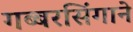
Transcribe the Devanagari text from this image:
गब्बरसिंगाने